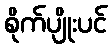
စိုက်ပျိုးပင်